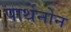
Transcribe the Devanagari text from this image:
पार्थेनोन